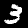
Digit: 3